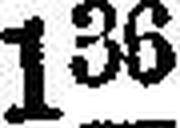
136